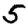
Digit: 5